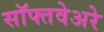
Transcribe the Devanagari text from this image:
सॉफ्तवेअरे